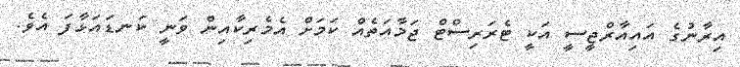
އިރާނުގެ އައިއާރްޖީސީ އަކީ ޓެރަރިސްޓް ޖަމާއަތެއް ކަމަށް އެމެރިކާއިން ވަނީ ކަނޑައަޅާފަ އެވެ.